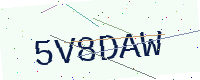
Text: 5V8DAW